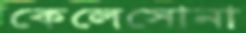
কেলেসোনা